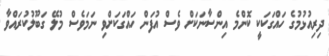
ދިރިއުޅުމުގެ ހައްގަކަކީ ކޮންމެ އިންސާނަކަށް ވެސް އުފަން ހައްގަކަށްވި ނަމަވެސް މުލޭ ގަބޫލުކުރައްވާ